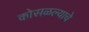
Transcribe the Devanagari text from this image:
कोसळल्याचे